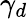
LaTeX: \gamma_{d}